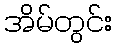
အိမ်တွင်း